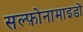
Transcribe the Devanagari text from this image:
सल्फ़ोनामाइडों